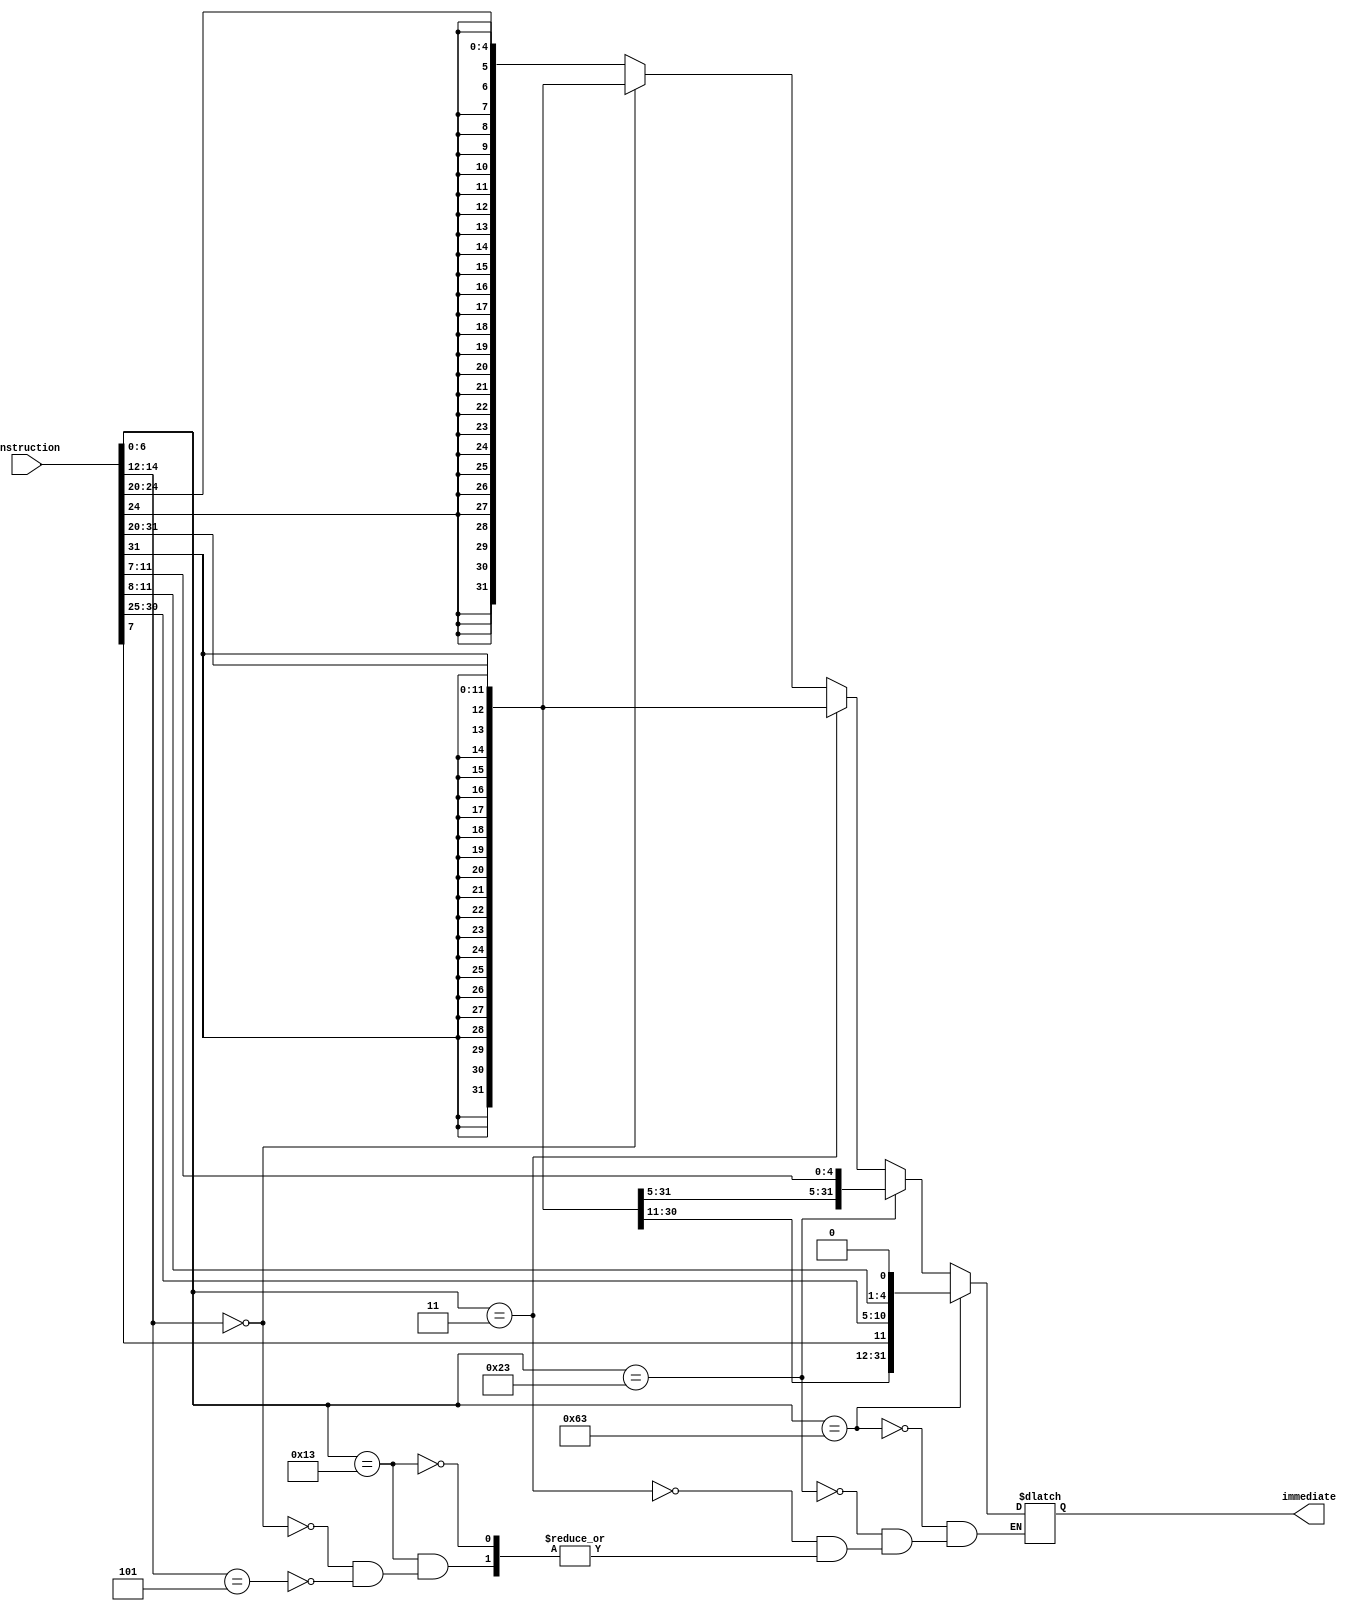
module Immediate_Gen(
    instruction,
    immediate
);

input [31:0] instruction;
output signed [31:0] immediate;

reg [31:0] immediate;

initial
begin
    immediate <= 0;
end

always @(*)
begin
    if(instruction[6:0] == 7'b0010011)
    begin
        if(instruction[14:12] == 3'b000)
        begin
            immediate <={{20{instruction[31]}}, instruction[31:20]};
        end
        else if(instruction[14:12] == 3'b101)
        begin
            immediate <= {{27{instruction[24]}}, instruction[24:20]};
        end
    end 
    if(instruction[6:0] == 7'b0000011)
    begin
        immediate <= {{20{instruction[31]}}, instruction[31:20]};
    end
    if(instruction[6:0] == 7'b0100011)
    begin
        immediate <= {{20{instruction[31]}}, instruction[31:25], instruction[11:7]};
    end
    if(instruction[6:0] == 7'b1100011)
    begin
        immediate <= {{19{instruction[31]}}, instruction[31], instruction[7], instruction[30:25], instruction[11:8], 1'b0};
    end
end

endmodule